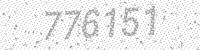
Solution: 776151